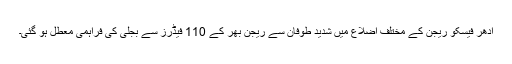
ادھر فیسکو ریجن کے مختلف اضلاع میں شدید طوفان سے ریجن بھر کے 110 فیڈرز سے بجلی کی فراہمی معطل ہو گئی۔